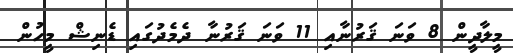
މީލާދީން 8 ވަނަ ޤަރުނާއި 11 ވަނަ ޤަރުނާ ދެމެދުގައި ޑެނިޝް މީހުން